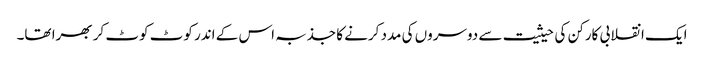
ایک انقلابی کارکن کی حیثیت سے دوسروں کی مدد کرنے کا جذبہ اس کے اندر کوٹ کوٹ کر بھرا تھا۔